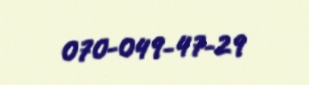
070-049-47-29